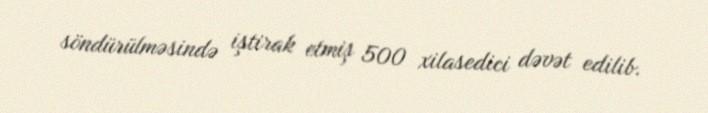
söndürülməsində iştirak etmiş 500 xilasedici dəvət edilib.